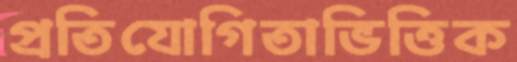
প্রতিযোগিতাভিত্তিক